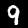
Label: 9